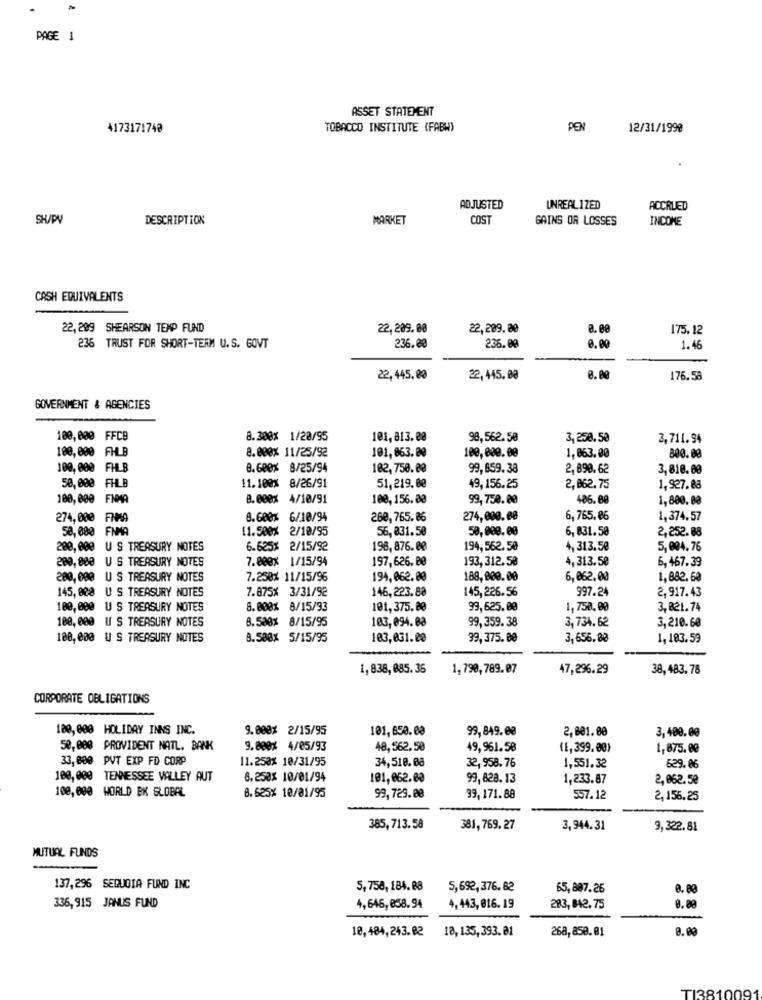
»
PAGE 1
ASSET STATEMENT
4173171748
TOBACCO INSTITUTE (FABW)
PEN
12/31/1990
ADJUSTED
UNREAL IZED
ACCRUED
SH/PV
DESCRIPTION
MARKET
COST
GAINS OR LOSSES
INCOME
CASH EQUIVALENTS
22, 209 SHEARSON TEMP FUND
22,209.88
22,209.00
175.12
236 TRUST FOR SHORT-TERM U.S. GOVT
236.00
236.09
1.46
22, 445.80
22,445.00
176.58
GOVERNMENT & AGENCIES
100,000 FFCB
8.300% 1/20/95
101, 813. 00
98,562.58
3,250.50
3,711.94
100,000 FHLB
8.000% 11/25/92
101, 063. 80
800.08
100,800.00
1,863.00
100, 000 FHLB
8.600% 8/25/94
182,750.80
99,659.38
2,890.62
3,810.88
11.100% 8/26/91
50, 000 FHLB
51,219.00
49, 156.25
2,062.75
1,927.88
180, 000 FNMA
8. 000% 4/10/91
100, 156.88
99,750.00
486.00
1,800.80
274,000 FNMA
8.600% 6/10/94
260, 765.86
274,000.00
6,765.06
1,374.57
58, 000 FNMA
11.500% 2/10/95
56,831.50
50,008.00
6, 831.50
2,252.88
200, 000 US TREASURY NOTES
6.625% 2/15/92
198,876.00
194, 562.50
4, 313.50
5,004,76
200, 000 US TREASURY NOTES
7.000% 1/15/94
197,626.00
193, 312.50
4,313.50
6,467.39
200, 000 US TREASURY NOTES
7.250% 11/15/96
194,062.80
188,800.00
6,062,00
1,882.50
145, 008 U S TREASURY NOTES
7.875% 3/31/92
146,223.88
145,226.56
997.24
2,917.43
100, 000 US TREASURY NOTES
8.000% 8/15/93
101,375. 80
99,625.00
1,750.00
3,821.74
100, 000 US TREASURY NOTES
8.500% 8/15/95
103,094. 88
99, 359. 38
3, 734.62
3,210.60
100,000 US TREASURY NOTES
8.500% 5/15/95
103,031.00
99,375.00
3,656.80
1,183.59
1,838,085.36
1,790,789.07
47,296.29
38, 483.78
CORPORATE OBLIGATIONS
180, 000 HOLIDAY INNS INC.
9.000% 2/15/95
101,850.00
99,849.08
2,801.00
3, 400.00
50, 008 PROVIDENT NATL. BANK
9.800% 4/05/93
48,562.50
49,961.58
(1,399.00)
1,875.00
33, 800 PVT EXP FD CORP
11.253% 10/31/95
34,518. 08
32, 958.76
1,551.32
629.06
100, 000 TENNESSEE VALLEY AUT
8.250% 10/01/94
101,062.03
99,828.13
1,233.87
2,062.50
100, 000 WORLD BK GLOBAL
8.625% 10/01/95
99,729.08
99, 171.88
557.12
2,156.25
385,713.58
381, 769. 27
3,944.31
9,322.81
MUTUAL FUNDS
137,296 SEQUOIA FUND INC
5,758, 184.88
5,692,376. 82
65,887.26
0.89
336, 915 JANUS FUND
4,646,858.94
4,443, 016. 19
283, 842.75
10,484,243.02
18, 135, 393.01
268, 850.81
TI381009